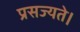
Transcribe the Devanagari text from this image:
प्रसज्यते।